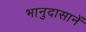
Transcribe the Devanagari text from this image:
भानुदासानें